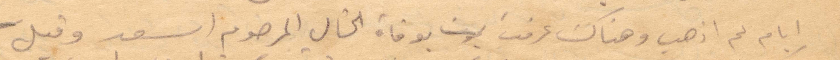
أيام لم اذهب وهناك عرفت بوفاة الخال المرحوم اسعد وقبل